Annual report on the working of the mental hospitals in the Madras Presidency - 1912-1932
Year: 1912
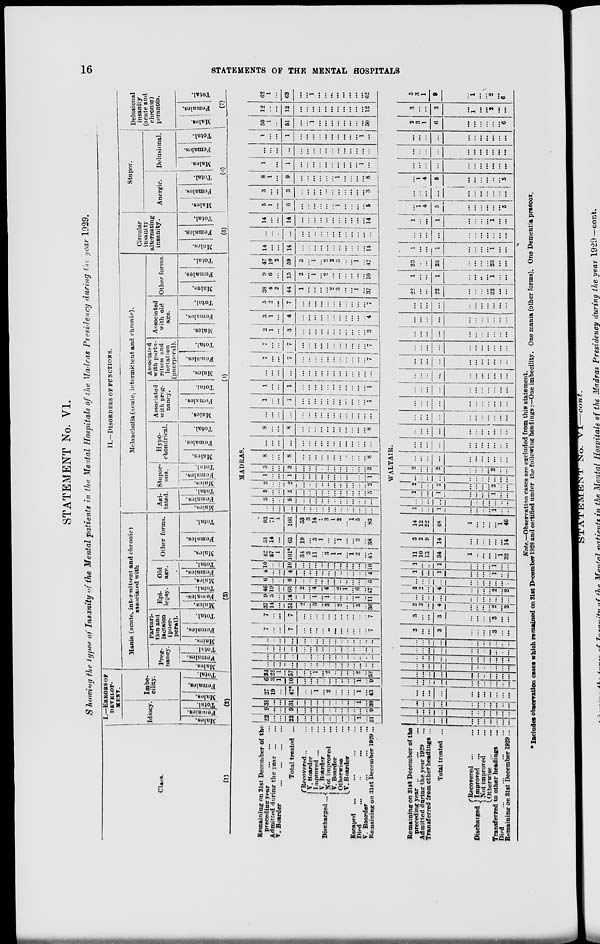
16
STATEMENTS OF THE MENTAL HOSPITALS
STATEMENT No. VI.
Showing the types of Insanity of the Mental patients in the Mental Hospitals of the Madras Presidency during the year 1929.
Class.
(1)
I.—ERRORS OF
DEVELOP-
MENT.
Idiocy.
Males.
Females.
Total.
Imbe-
cility.
Males.
Females.
Total.
(2)
II.—DISORDERS OF FUNCTIONS.
Mania (acute, intermittent and chronic)
associated with
Preg-
nancy.
Males.
Females.
Total.
Parturi-
tion and
lactation
(puer-
peral).
Males.
Females.
Total.
Epi-
lepsy.
Males.
Females.
Total.
Old
age.
Males.
Females.
Total.
Other forms.
Males.
Females.
Total.
(3)
Melancholia (acute, intermittent and chronic).
Agi-
tated.
Males.
Females.
Total.
Stupor-
ous.
Males.
Females.
Total.
Hypo-
chondrical.
Males.
Females.
Total.
Associated
with preg-
nancy.
Males.
Females.
Total.
Associated
with partu-
rition and
lactation
(puerperal).
Males.
Females.
Total.
Associated
with old
age.
Males.
Females.
Total.
Other forms.
Males.
Females.
Total.
(4)
Circular
insanity
alternating
insanity.
Males.
Females.
Total.
(5)
Stupor.
Anergic.
Males.
Females.
Total.
Delusional.
Males.
Females.
Total.
(6)
Delusional
insanity
(acute and
chronic)
peranoia.
Males.
Females.
Total.
(7)
MADRAS.
Remaining on 31st December of the
preceding year ... ... ...
Admitted during the year ... ...
V. Boarder
...
...
...
...
Total treated ...
Discharged ...
Recovered... ...
V. Boarder ...
Improved ... ...
V. Boarder ...
Not improved ...
V. Boarder ...
Otherwise ...
V. Boarder ...
Escaped ... ... ... ...
Died ... ... ... ...
V. Boarder ... ... ...
Remaining on 31st December 1929...
22
...
...
22
...
...
...
...
...
...
...
...
...
1
...
21
9
...
...
9
...
...
...
...
...
...
...
...
...
...
...
9
31
...
...
31
...
...
...
...
...
...
...
...
...
1
...
30
27
19
...
47*
...
...
1
...
2
...
...
...
...
1
...
43
6
3
1
10
...
...
...
...
...
...
...
...
...
1
...
9
33
22
1
57
...
...
1
...
2
...
...
...
...
2
...
52
...
...
1
...
...
...
...
...
...
...
...
...
...
...
...
...
...
...
...
...
...
...
...
...
...
...
...
...
...
...
...
...
...
...
...
...
...
...
...
...
...
...
...
...
...
...
...
...
...
...
...
...
...
...
...
...
...
...
...
...
...
...
...
...
7
...
...
7
...
...
...
...
...
...
...
...
...
...
...
7
7
...
...
7
...
...
...
...
...
...
...
...
...
...
...
7
37
14
...
51
2
...
3
...
3
...
2
...
...
5
...
36
9
5
...
14
...
...
1
...
1
...
...
...
...
1
...
11
46
19
...
65
2
...
4
...
4
...
2
1
...
6
...
47
6
...
...
6
...
...
...
...
...
...
...
...
...
...
...
6
4
...
...
4
...
...
...
...
...
...
...
...
...
...
...
4
10
...
...
10
...
...
...
...
...
...
...
...
...
...
...
10
42
57
1
101*
34
3
11
...
3
1
1
...
1
2
...
45
51
14
...
65
19
...
3
1
...
...
1
...
...
3
...
38
93
71
1
166
53
3
14
1
3
1
2
...
1
5
...
83
...
...
...
...
...
...
...
...
...
...
...
...
...
...
...
...
5
...
...
5
...
...
...
...
...
...
...
...
...
...
...
...
5
...
...
5
...
...
...
...
...
...
...
...
...
...
...
5
2
...
...
2
...
...
...
...
...
...
...
...
...
...
...
2
1
...
...
1
...
...
...
...
...
...
...
...
...
...
...
1
3
...
...
3
...
...
...
...
...
...
...
...
...
...
...
3
8
...
...
8
...
...
...
...
...
...
...
...
...
...
...
8
...
...
...
...
...
...
...
...
...
...
...
...
...
...
...
...
8
...
...
8
...
...
...
...
...
...
...
...
...
...
...
8
...
...
...
...
...
...
...
...
...
...
...
...
...
...
...
...
1
...
...
1
...
...
...
...
...
...
...
...
...
...
...
1
1
...
...
1
...
...
...
...
...
...
...
...
...
...
...
1
...
...
...
...
...
...
...
...
...
...
...
...
...
...
...
...
7
...
...
7
...
...
...
...
...
...
...
...
...
...
...
7
7
...
...
7
...
...
...
...
...
...
...
...
...
...
...
7
2
1
...
3
...
...
...
...
...
...
...
...
...
...
...
3
3
1
...
4
...
...
...
...
...
...
...
...
...
...
...
4
5
2
...
7
...
...
...
...
...
...
...
...
...
...
...
7
38
4
2
44
1
...
...
...
...
2
3
...
...
1
...
37
9
6
...
15
2
...
1
...
2
...
...
...
...
...
...
10
47
10
2
59
3
...
1
...
2
2
3
...
...
1
...
47
14
...
...
14
...
...
...
...
...
...
...
...
...
...
...
14
...
...
...
...
...
...
...
...
...
...
...
...
...
...
...
...
14
...
...
14
...
...
...
...
...
...
...
...
...
...
...
14
5
1
...
6
...
...
...
...
...
...
1
...
...
...
...
5
3
...
...
3
...
...
...
...
...
...
...
...
...
...
...
3
8
1
...
9
...
...
...
...
...
...
1
...
...
...
...
8
1
...
...
1
...
...
...
...
...
...
...
...
...
...
1
...
...
...
...
...
...
...
...
...
...
...
...
...
...
...
...
...
1
...
...
1
...
...
...
...
...
...
...
...
...
...
1
...
50
1
...
51
...
...
1
...
...
...
...
...
...
...
...
50
12
...
...
12
...
...
...
...
...
...
...
...
...
...
...
12
62
1
...
63
...
...
1
...
...
...
...
...
...
...
...
62
WALTAIR.
Remaining on 31st December of the
preceding year ... ... ...
Admitted during the year 1929 ...
Transferred from other headings ...
Total treated ...
Discharged
Recovered ... ...
Improved ... ...
Not improved ...
Otherwise ...
...
Transferred to other headings ...
Died
...
...
...
...
Remaining on 31st December 1929...
...
...
...
...
...
...
...
...
...
...
...
...
...
...
...
...
...
...
... ...
...
...
...
...
...
...
...
...
...
...
...
...
...
...
...
...
...
...
...
...
...
...
...
...
...
...
...
...
...
...
...
...
...
...
...
...
...
...
...
...
...
...
...
...
...
...
...
...
...
...
...
...
...
...
...
...
...
...
...
...
...
...
...
...
...
...
...
...
...
...
...
...
...
...
...
...
...
...
...
...
...
...
...
...
...
...
...
...
...
...
3
...
...
3
...
...
...
... 3
...
...
3
...
...
3
...
...
...
... 3
...
...
2
2
...
4
...
...
...
... 2
...
2
...
...
...
...
...
...
...
...
...
...
...
2
2
...
4
...
...
...
... 2
...
2
...
...
...
...
...
...
...
...
...
...
...
1
...
...
1
...
...
...
...
1
...
...
1
...
...
1
...
...
...
...
1
...
...
11
10
13
34
1
...
...
...
...
1
32
3
2
9
14
...
...
...
...
...
...
14
14
12
22
48
1
...
...
...
...
1
46
1
...
...
1
...
...
...
...
1
...
...
...
...
...
...
...
...
...
...
...
...
...
1
...
...
1
...
...
...
... 1
...
...
2
...
...
2
...
...
...
...
2
...
...
...
...
...
...
...
...
...
...
...
...
...
2
...
...
2
...
...
...
... 2
...
...
...
...
...
...
...
...
...
...
...
...
...
...
...
...
...
...
...
...
...
...
...
...
...
...
...
...
...
...
...
...
...
...
...
...
...
...
...
...
...
...
...
...
...
...
...
...
...
...
...
...
...
...
...
...
...
...
...
...
...
...
...
...
...
...
...
...
...
...
...
...
...
...
...
...
...
...
...
...
...
...
...
...
...
...
...
...
...
...
...
...
...
...
...
...
...
...
...
...
...
...
...
...
...
...
...
...
...
...
...
...
...
...
...
...
...
...
...
...
...
...
...
...
...
...
...
...
...
...
...
...
...
...
22
...
...
22
...
...
...
...
22
...
...
1
...
...
1
...
...
...
... 1
...
...
23
...
...
23
...
...
...
...
23
...
...
1
...
...
1
...
...
...
... 1
...
...
...
...
...
...
...
...
...
...
...
...
...
1
...
...
1
...
...
...
... 1
...
...
...
1
4
5
...
...
...
...
...
...
5
...
...
...
...
...
...
...
...
...
...
...
...
1
4
5
...
...
...
...
...
...
5
...
...
...
...
...
...
...
...
...
...
...
...
...
...
...
...
...
...
...
...
...
...
...
...
...
...
...
...
...
...
...
...
...
2
3
1
6
...
...
...
...
...
...
6
3
...
...
3
...
1 ...
... 2
...
...
5
3
1
9
...
1
...
...
2
...
6
Note.—Observation cases are excluded from this statement.
* Includes observation cases which remained on 31st December 1928 and certified under the following headings :—One imbecility. One mania (other forms). One Dementia praecox.